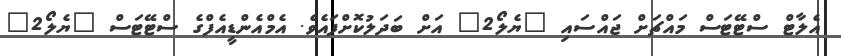
އެލާޓް ސްޓޭޓަސް މައްޗަށް ޖައްސައި "ޔެލޯ2" އަށް ބަދަލުކޮށްފައެވެ. އެމްއެންޑީއެފްގެ ސްޓޭޓަސް "ޔެލޯ2"